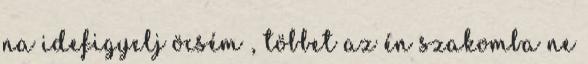
na idefigyelj öcsém , többet az én szakomba ne